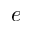
e